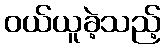
ဝယ်ယူခဲ့သည့်